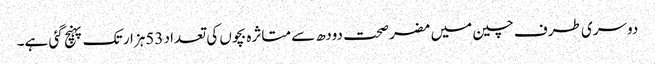
دوسری طرف چین میں مضر صحت دودھ سے متاثرہ بچوں کی تعداد 53ہزار تک پہنچ گئی ہے۔